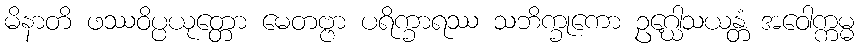
မိနာတိ ဖဿဝိပ္ပယုတ္တော မေတဗ္ဗာ ပရိက္ခာရဿ သဘိက္ခုကော ဥဂ္ဃေါသယန္တံ အဝေါက္ကမ္မ